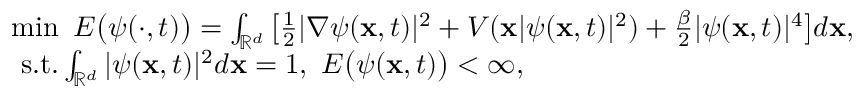
\begin{array} { r l } & { \operatorname* { m i n } ~ E \big ( \psi ( \cdot , t ) \big ) = \int _ { \mathbb { R } ^ { d } } \big [ \frac { 1 } { 2 } | \nabla \psi ( \mathbf { x } , t ) | ^ { 2 } + V ( \mathbf { x } | \psi ( \mathbf { x } , t ) | ^ { 2 } ) + \frac { \beta } { 2 } | \psi ( \mathbf { x } , t ) | ^ { 4 } \big ] d \mathbf { x } , } \\ & { ~ \mathrm { s . t . } \int _ { \mathbb { R } ^ { d } } | \psi ( \mathbf { x } , t ) | ^ { 2 } d \mathbf { x } = 1 , ~ E \big ( \psi ( \mathbf { x } , t ) \big ) < \infty , } \end{array}